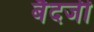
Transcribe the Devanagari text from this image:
बैदजी